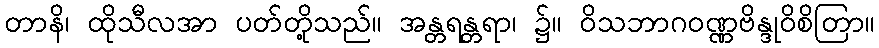
တာနိ၊ ထိုသီလအာ ပတ်တို့သည်။ အန္တရန္တရာ၊ ၌။ ဝိသဘာဂဝဏ္ဏဗိန္ဒုဝိစိတြာ။